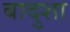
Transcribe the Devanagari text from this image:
बादुशा